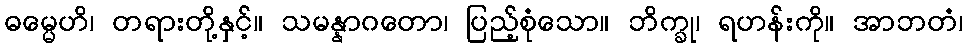
ဓမ္မေဟိ၊ တရားတို့နှင့်။ သမန္နာဂတော၊ ပြည့်စုံသော။ ဘိက္ခု၊ ရဟန်းကို။ အာဘတံ၊